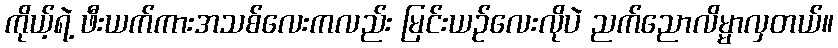
ကိုယ့်ရဲ့ ဖီးယက်ကားအသစ်လေးကလည်း မြင်းယဉ်လေးလိုပဲ ညက်ညောလိမ္မာလှတယ်။